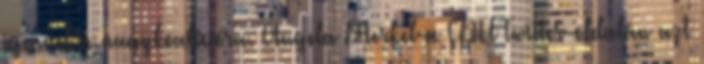
igennel a nagykoalícióra. Angela Merkel a CDU Twitter-oldalán azt